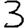
Digit: 3